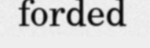
forded